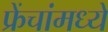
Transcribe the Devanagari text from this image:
फ्रेंचांमध्ये